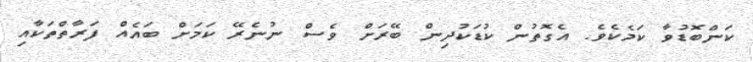
ކަންބޮޑުވާ ކަމެކެވެ. އެގޮތުން ކުޑަކުދިން ބޭރަށް ވެސް ނުނެރޭ ކަމަށް ބައެއް ފަރާތްތަކާއި